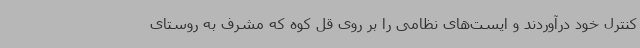
کنترل خود درآوردند و ایست‌های نظامی را بر روی قل کوه که مشرف به روستای